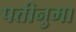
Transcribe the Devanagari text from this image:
पत्तीनुमा